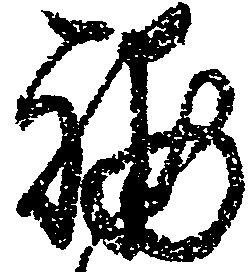
補